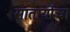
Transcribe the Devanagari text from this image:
सातार्याचा